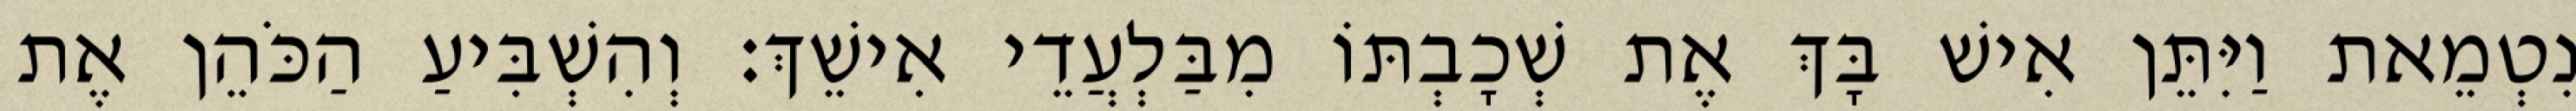
נִטְמֵאת וַיִּתֵּן אִישׁ בָּךְ אֶת שְׁכָבְתּוֹ מִבַּלְעֲדֵי אִישֵׁךְ׃ וְהִשְׁבִּיעַ הַכֹּהֵן אֶת